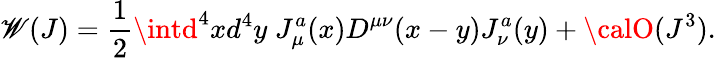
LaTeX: \mathscr{W}(J)={\frac{{1}}{{2}}}\intd^{4}xd^{4}y\; J_{\mu}^{a}(x)D^{\mu\nu}(x-y)J_{\nu}^{a}(y)+{\calO}(J^{3}).